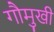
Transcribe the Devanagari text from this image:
गौमुखी